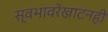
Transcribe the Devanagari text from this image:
स्वभावरेखाटनही